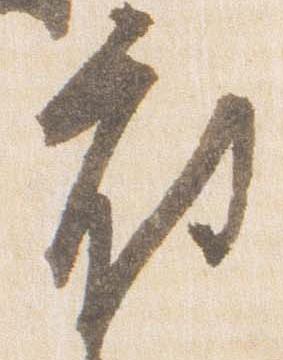
府